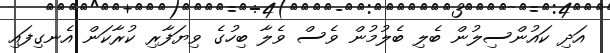
އަދި ކައުންސިލުން ބެލި ބެލުމުން ވެސް ވެލާ ބިހުގެ ވިޔަފާރި ކުރާކަން އެނގިފައި